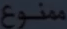
ممنوع